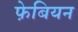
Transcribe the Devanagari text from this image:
फे़बियन